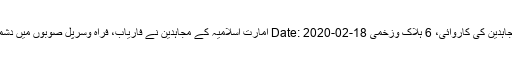
فراہ وسرپل: مجاہدین کی کاروائی، 6 ہلاک وزخمی Date: 2020-02-18 امارت اسلامیہ کے مجاہدین نے فاریاب، فراہ وسرپل صوبوں میں دشمن پر حملہ کیا۔